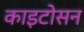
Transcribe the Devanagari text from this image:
काइटोसन